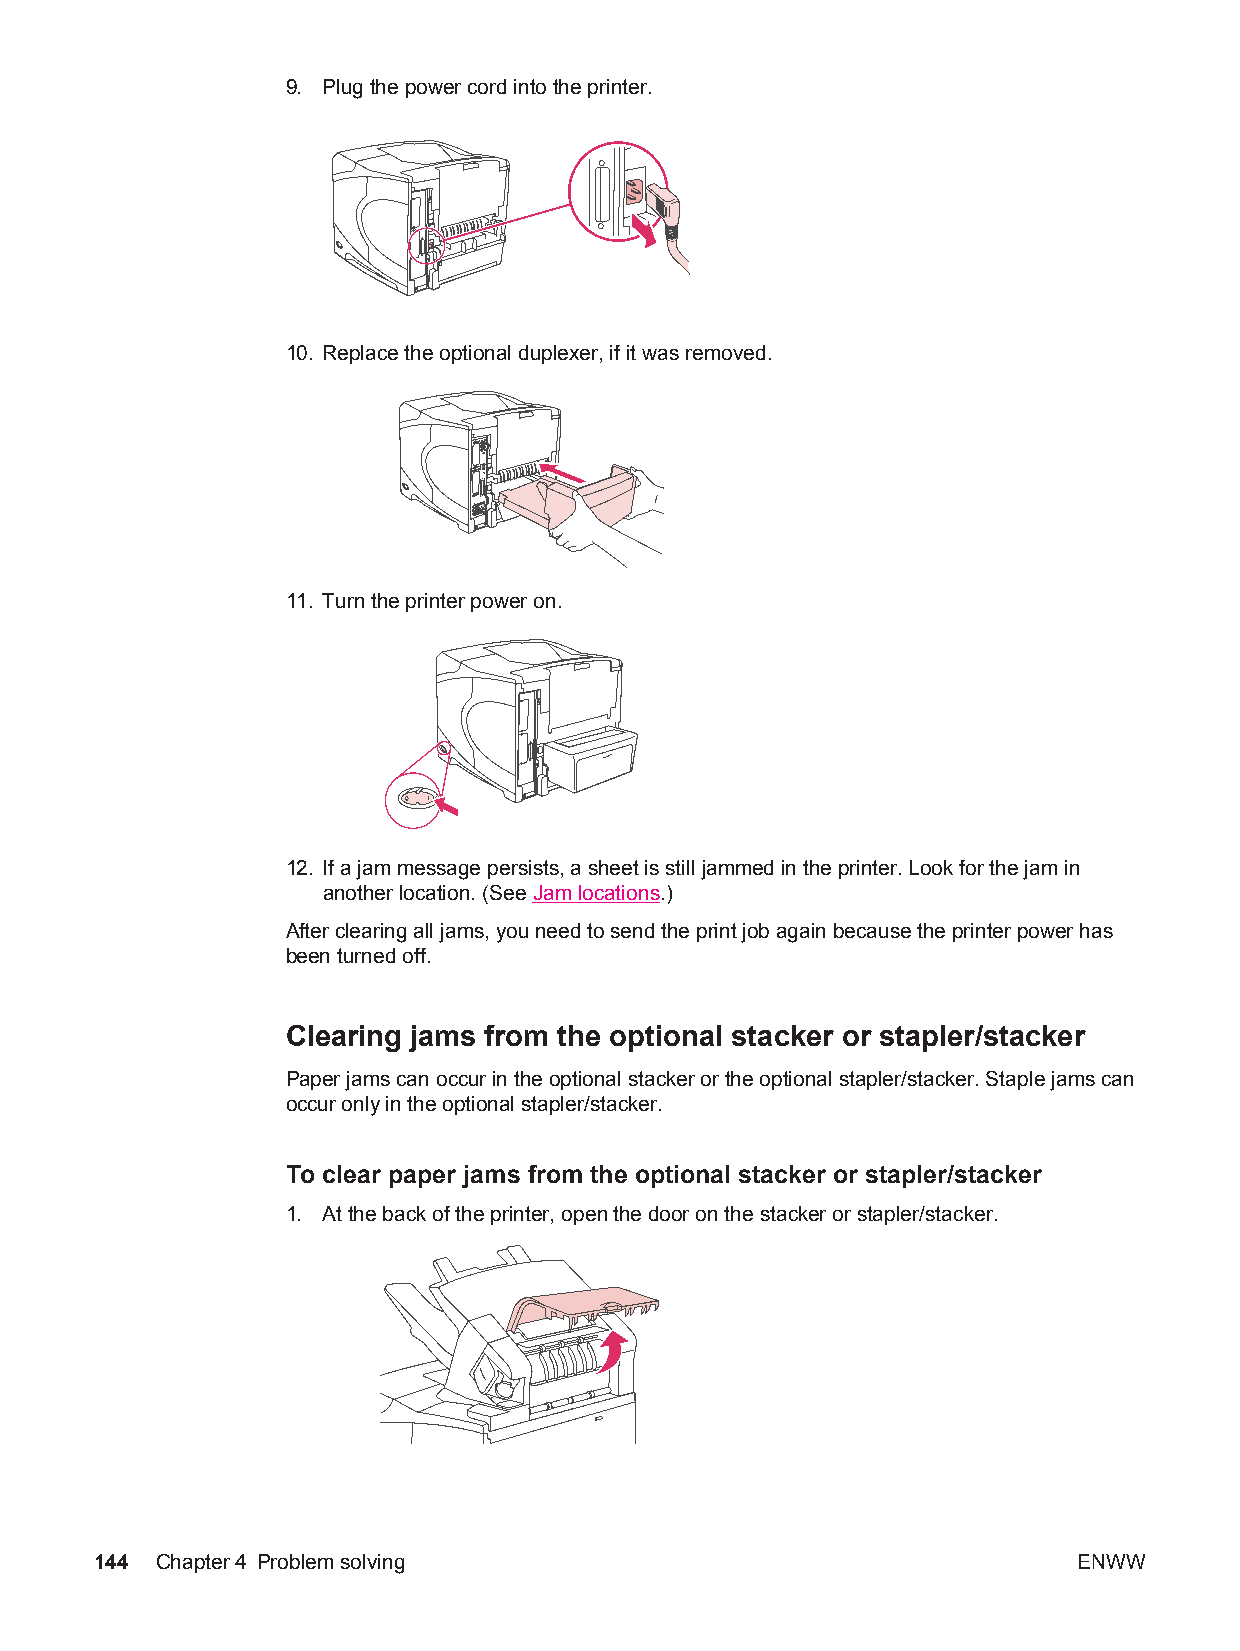
9. Plug the power cord into the printer.
 10. Replace the optional duplexer, if it was removed.
 11. Turn the printer power on.
 12. If a jam message persists, a sheet is still jammed in the printer. Look for the jam in
 another location. (See Jam locations.)
 After clearing all jams, you need to send the print job again because the printer power has
 been turned off.
 Clearing jams from the optional stacker or stapler/stacker
 Paper jams can occur in the optional stacker or the optional stapler/stacker. Staple jams can
 occur only in the optional stapler/stacker.
 To clear paper jams from the optional stacker or stapler/stacker
 1. At the back of the printer, open the door on the stacker or stapler/stacker.
 144 Chapter4 Problem solving                                     ENWW